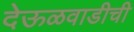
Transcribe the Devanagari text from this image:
देऊळवाडीची